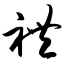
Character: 礼